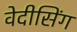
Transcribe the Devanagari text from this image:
वेदीसिंग